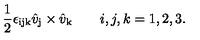
{ \frac { 1 } { 2 } } \epsilon _ { \mathrm { i j k } } \hat { v } _ { \mathrm { j } } \times \hat { v } _ { \mathrm { k } } \qquad i , j , k = 1 , 2 , 3 .